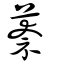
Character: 萘